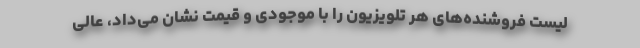
لیست فروشنده‌های هر تلویزیون را با موجودی و قیمت نشان می‌داد، عالی